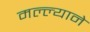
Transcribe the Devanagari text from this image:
मल्ल्याने